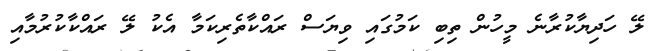
ލޭ ހަދިޔާކުރާނެ މީހުން ތިބި ކަމުގައި ވިޔަސް ރައްކާތެރިކަމާ އެކު ލޭ ރައްކާކުރުމާއި